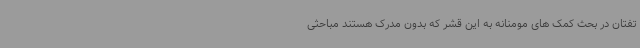
تفتان در بحث کمک های مومنانه به این قشر که بدون مدرک هستند مباحثی